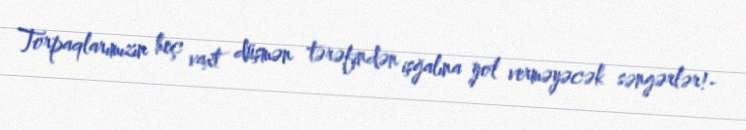
Torpaqlarımızın heç vaxt düşmən tərəfindən işğalına yol verməyəcək səngərlər!-